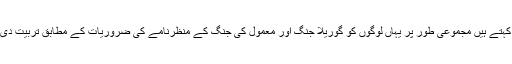
وہ یہ بھی کہتے ہیں مجموعی طور پر یہاں لوگوں کو گوریلا جنگ اور معمول کی جنگ کے منظرنامے کی ضروریات کے مطابق تربیت دی جاتی ہے۔